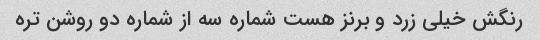
رنگش خیلی زرد و برنز هست شماره سه از شماره دو روشن تره